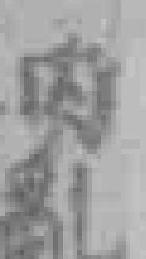
内亂